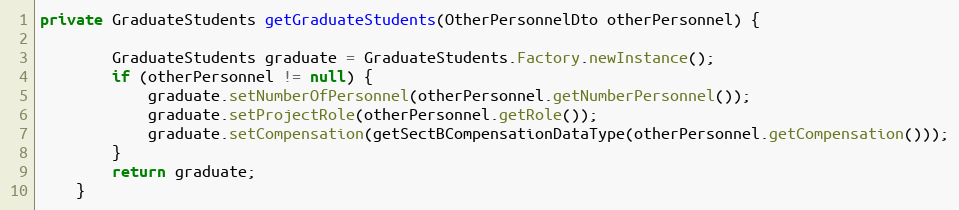
Language: Java
private GraduateStudents getGraduateStudents(OtherPersonnelDto otherPersonnel) {

        GraduateStudents graduate = GraduateStudents.Factory.newInstance();
        if (otherPersonnel != null) {
            graduate.setNumberOfPersonnel(otherPersonnel.getNumberPersonnel());
            graduate.setProjectRole(otherPersonnel.getRole());
            graduate.setCompensation(getSectBCompensationDataType(otherPersonnel.getCompensation()));
        }
        return graduate;
    }